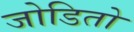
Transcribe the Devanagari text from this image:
जोडितो